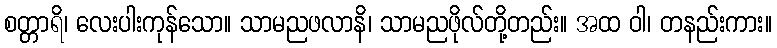
စတ္တာရိ၊ လေးပါးကုန်သော။ သာမညဖလာနိ၊ သာမညဖိုလ်တို့တည်း။ အထ ဝါ၊ တနည်းကား။